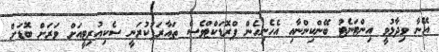
އޭނާ ވިދާޅުވީ އިންޓަނެޓު ބޭންކިންނާއި އެހެނިހެން ޕްރޮޑަކްޓްވެސް ތައާރަފުކުރަނީ ސެކިއުރިޓީއަށް ވަރަށް ބޮޑަށް